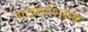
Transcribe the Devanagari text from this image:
नाट्यप्रशिक्षक